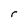
Character: C